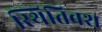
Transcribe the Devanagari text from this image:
स्थितिवश